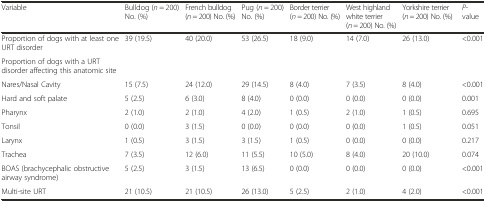
<table><thead><tr><td><b>Variable</b></td><td><b>Bulldog (<i>n</i> = 200) No. (%)</b></td><td><b>French bulldog (<i>n</i> = 200) No. (%)</b></td><td><b>Pug (<i>n</i> = 200) No. (%)</b></td><td><b>Border terrier (<i>n</i> = 200) No. (%)</b></td><td><b>West highland white terrier (<i>n</i> = 200) No. (%)</b></td><td><b>Yorkshire terrier (<i>n</i> = 200) No. (%)</b></td><td><b><i>P</i>-value</b></td></tr></thead><tbody><tr><td>Proportion of dogs with at least one URT disorder</td><td>39 (19.5)</td><td>40 (20.0)</td><td>53 (26.5)</td><td>18 (9.0)</td><td>14 (7.0)</td><td>26 (13.0)</td><td>&lt;0.001</td></tr><tr><td>Proportion of dogs with a URT disorder affecting this anatomic site</td><td></td><td></td><td></td><td></td><td></td><td></td><td></td></tr><tr><td>Nares/Nasal Cavity</td><td>15 (7.5)</td><td>24 (12.0)</td><td>29 (14.5)</td><td>8 (4.0)</td><td>7 (3.5)</td><td>8 (4.0)</td><td>&lt;0.001</td></tr><tr><td>Hard and soft palate</td><td>5 (2.5)</td><td>6 (3.0)</td><td>8 (4.0)</td><td>0 (0.0)</td><td>0 (0.0)</td><td>0 (0.0)</td><td>0.001</td></tr><tr><td>Pharynx</td><td>2 (1.0)</td><td>2 (1.0)</td><td>4 (2.0)</td><td>1 (0.5)</td><td>2 (1.0)</td><td>1 (0.5)</td><td>0.695</td></tr><tr><td>Tonsil</td><td>0 (0.0)</td><td>3 (1.5)</td><td>0 (0.0)</td><td>0 (0.0)</td><td>0 (0.0)</td><td>1 (0.5)</td><td>0.051</td></tr><tr><td>Larynx</td><td>1 (0.5)</td><td>3 (1.5)</td><td>3 (1.5)</td><td>1 (0.5)</td><td>0 (0.0)</td><td>0 (0.0)</td><td>0.217</td></tr><tr><td>Trachea</td><td>7 (3.5)</td><td>12 (6.0)</td><td>11 (5.5)</td><td>10 (5.0)</td><td>8 (4.0)</td><td>20 (10.0)</td><td>0.074</td></tr><tr><td>BOAS (brachycephalic obstructive airway syndrome)</td><td>5 (2.5)</td><td>3 (1.5)</td><td>13 (6.5)</td><td>0 (0.0)</td><td>0 (0.0)</td><td>0 (0.0)</td><td>&lt;0.001</td></tr><tr><td>Multi-site URT</td><td>21 (10.5)</td><td>21 (10.5)</td><td>26 (13.0)</td><td>5 (2.5)</td><td>2 (1.0)</td><td>4 (2.0)</td><td>&lt;0.001</td></tr></tbody></table>